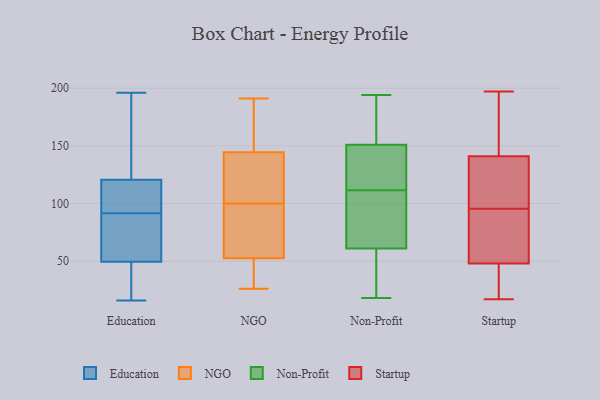
{"axis": {"x": "Customer Acquisition Cost (USD)", "y": "Value"}, "legend": ["Education", "NGO", "Non-Profit", "Startup"], "data": [{"x": "", "y": 115, "type": "Education"}, {"x": "", "y": 51, "type": "Education"}, {"x": "", "y": 59, "type": "Education"}, {"x": "", "y": 109, "type": "Education"}, {"x": "", "y": 16, "type": "Education"}, {"x": "", "y": 110, "type": "Education"}, {"x": "", "y": 126, "type": "Education"}, {"x": "", "y": 74, "type": "Education"}, {"x": "", "y": 22, "type": "Education"}, {"x": "", "y": 74, "type": "Education"}, {"x": "", "y": 115, "type": "Education"}, {"x": "", "y": 48, "type": "Education"}, {"x": "", "y": 196, "type": "Education"}, {"x": "", "y": 142, "type": "Education"}, {"x": "", "y": 184, "type": "Education"}, {"x": "", "y": 36, "type": "Education"}, {"x": "", "y": 38, "type": "NGO"}, {"x": "", "y": 190, "type": "NGO"}, {"x": "", "y": 66, "type": "NGO"}, {"x": "", "y": 103, "type": "NGO"}, {"x": "", "y": 46, "type": "NGO"}, {"x": "", "y": 157, "type": "NGO"}, {"x": "", "y": 123, "type": "NGO"}, {"x": "", "y": 53, "type": "NGO"}, {"x": "", "y": 191, "type": "NGO"}, {"x": "", "y": 109, "type": "NGO"}, {"x": "", "y": 164, "type": "NGO"}, {"x": "", "y": 97, "type": "NGO"}, {"x": "", "y": 38, "type": "NGO"}, {"x": "", "y": 145, "type": "NGO"}, {"x": "", "y": 68, "type": "NGO"}, {"x": "", "y": 144, "type": "NGO"}, {"x": "", "y": 69, "type": "NGO"}, {"x": "", "y": 26, "type": "NGO"}, {"x": "", "y": 122, "type": "NGO"}, {"x": "", "y": 52, "type": "NGO"}, {"x": "", "y": 113, "type": "Non-Profit"}, {"x": "", "y": 18, "type": "Non-Profit"}, {"x": "", "y": 110, "type": "Non-Profit"}, {"x": "", "y": 90, "type": "Non-Profit"}, {"x": "", "y": 173, "type": "Non-Profit"}, {"x": "", "y": 194, "type": "Non-Profit"}, {"x": "", "y": 27, "type": "Non-Profit"}, {"x": "", "y": 58, "type": "Non-Profit"}, {"x": "", "y": 126, "type": "Non-Profit"}, {"x": "", "y": 35, "type": "Non-Profit"}, {"x": "", "y": 182, "type": "Non-Profit"}, {"x": "", "y": 146, "type": "Non-Profit"}, {"x": "", "y": 121, "type": "Non-Profit"}, {"x": "", "y": 66, "type": "Non-Profit"}, {"x": "", "y": 151, "type": "Non-Profit"}, {"x": "", "y": 82, "type": "Non-Profit"}, {"x": "", "y": 61, "type": "Non-Profit"}, {"x": "", "y": 187, "type": "Non-Profit"}, {"x": "", "y": 178, "type": "Startup"}, {"x": "", "y": 67, "type": "Startup"}, {"x": "", "y": 127, "type": "Startup"}, {"x": "", "y": 141, "type": "Startup"}, {"x": "", "y": 191, "type": "Startup"}, {"x": "", "y": 95, "type": "Startup"}, {"x": "", "y": 17, "type": "Startup"}, {"x": "", "y": 167, "type": "Startup"}, {"x": "", "y": 115, "type": "Startup"}, {"x": "", "y": 96, "type": "Startup"}, {"x": "", "y": 25, "type": "Startup"}, {"x": "", "y": 57, "type": "Startup"}, {"x": "", "y": 197, "type": "Startup"}, {"x": "", "y": 140, "type": "Startup"}, {"x": "", "y": 17, "type": "Startup"}, {"x": "", "y": 67, "type": "Startup"}, {"x": "", "y": 23, "type": "Startup"}, {"x": "", "y": 48, "type": "Startup"}]}